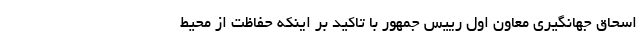
اسحاق جهانگیری معاون اول رییس جمهور با تاکید بر اینکه حفاظت از محیط